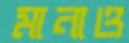
মানাও